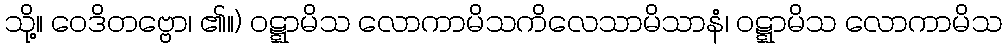
သို့။ ဝေဒိတဗ္ဗော၊ ၏။) ဝဋ္ဋာမိသ လောကာမိသကိလေသာမိသာနံ၊ ဝဋ္ဋာမိသ လောကာမိသ